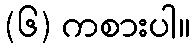
(၆) ကစားပါ။